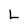
Character: L